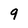
Character: 9